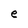
Character: e